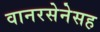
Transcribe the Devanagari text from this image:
वानरसेनेसह